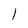
Character: 1